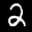
Label: 2